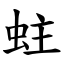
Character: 蛀